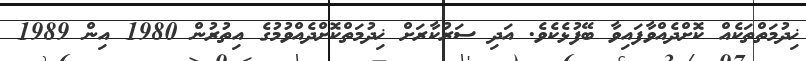
ޚިދުމަތްތަކެއް ކޮށްދެއްވާފައިވާ ބޭފުޅެކެވެ. އަދި ސަރުކާރަށް ޚިދުމަތްކޮށްދެއްވުމުގެ އިތުރުން 1980 އިން 1989